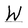
Character: W